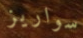
سواريز